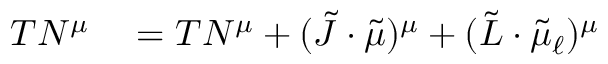
\begin{array} { r l } { T N ^ { \mu } } & { { } = T N ^ { \mu } + ( \tilde { J } \cdot \tilde { \mu } ) ^ { \mu } + ( \tilde { L } \cdot \tilde { \mu } _ { \ell } ) ^ { \mu } } \end{array}